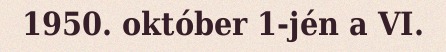
1950. október 1-jén a VI.